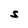
Character: S